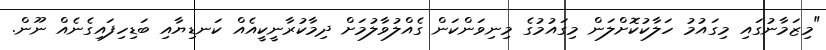
"މިޒަމާނުގައި މިގައުމު ހަލާކުކޮށްލަން މިގައުމުގެ މިނިވަންކަން ގެއްލުވާލުމަށް ދިމާކުރާނީކީއެއް ކަނޑިޔާއި ބަޑިހިފައިގެނެއް ނޫން.